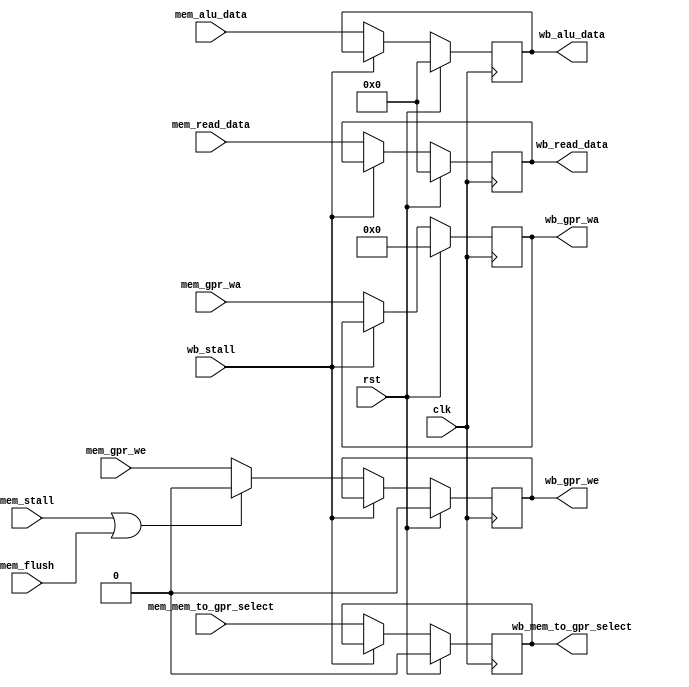
module antares_memwb_register (
                               input             clk,                   // main clock
                               input             rst,                   // main reset
                               input [31:0]      mem_read_data,         // data from Memory
                               input [31:0]      mem_alu_data,          // data from ALU
                               input [4:0]       mem_gpr_wa,            // GPR write enable
                               input             mem_mem_to_gpr_select, // select MEM/ALU to GPR
                               input             mem_gpr_we,            // GPR write enable
                               input             mem_flush,
                               input             mem_stall,             // stall MEM stage
                               input             wb_stall,              // stall WB stage
                               output reg [31:0] wb_read_data,          // data from Memory
                               output reg [31:0] wb_alu_data,           // data from ALU
                               output reg [4:0]  wb_gpr_wa,             // GPR write address
                               output reg        wb_mem_to_gpr_select,  // select MEM/ALU to GPR
                               output reg        wb_gpr_we              // GPR write enable
                               );

    //--------------------------------------------------------------------------
    // Propagate signals
    //--------------------------------------------------------------------------
    always @(posedge clk) begin
        wb_read_data         <= (rst) ? 32'b0 : ((wb_stall) ? wb_read_data                                           : mem_read_data);
        wb_alu_data          <= (rst) ? 32'b0 : ((wb_stall) ? wb_alu_data                                            : mem_alu_data);
        wb_gpr_wa            <= (rst) ? 5'b0  : ((wb_stall) ? wb_gpr_wa                                              : mem_gpr_wa);
        wb_mem_to_gpr_select <= (rst) ? 1'b0  : ((wb_stall) ? wb_mem_to_gpr_select                                   : mem_mem_to_gpr_select);
        wb_gpr_we            <= (rst) ? 1'b0  : ((wb_stall) ? wb_gpr_we            : ((mem_stall | mem_flush) ? 1'b0 : mem_gpr_we));
    end
endmodule